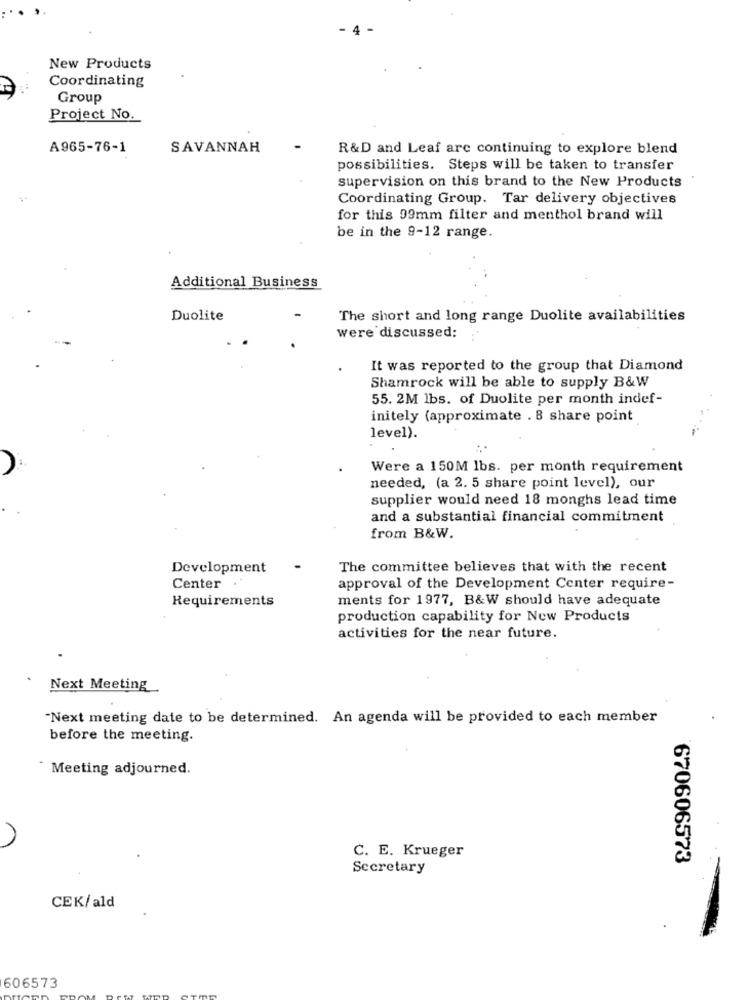
New Products
Coordinating
Group
Project No.
A965-76-1
SAVANNAH
R&D and Leaf are continuing to explore blend
possibilities. Steps will be taken to transfer
supervision on this brand to the New Products
Coordinating Group. Tar delivery objectives
for this 99mm filter and menthol brand will
be in the 9-12 range.
Additional Business
Duolite
The short and long range Duolite availabilities
were discussed:
It was reported to the group that Diamond
Shamrock will be able to supply B&W
55. 2M lbs. of Duolite per month indef-
initely (approximate . 8 share point
level).
Were a 150M lbs. per month requirement
needed, (a 2. 5 share point level), our
supplier would need 18 monghs lead time
and a substantial financial commitment
from B&W.
Development
The committee believes that with the recent
Center
approval of the Development Center require-
Requirements
ments for 1977, B&W should have adequate
production capability for New Products
activities for the near future.
Next Meeting
"Next meeting date to be determined. An agenda will be provided to each member
before the meeting.
Meeting adjourned.
C. E. Krueger
670606573
Secretary
CEK/ald
606573